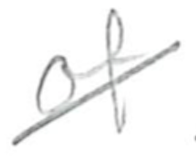
Text: of
Cross-out: diagonal
Writing tool: pencil